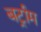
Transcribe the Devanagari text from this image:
बर्ट्राम